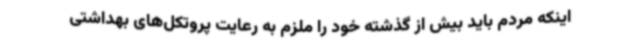
اینکه مردم باید بیش از گذشته خود را ملزم به رعایت پروتکل‌های بهداشتی